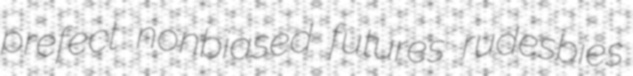
prefect nonbiased futures rudesbies